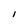
Character: l